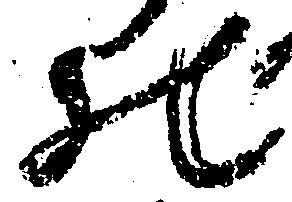
の